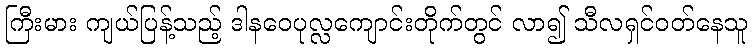
ကြီးမား ကျယ်ပြန့်သည့် ဒါနဝေပုလ္လကျောင်းတိုက်တွင် လာ၍ သီလရှင်ဝတ်နေသူ